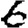
Digit: 6